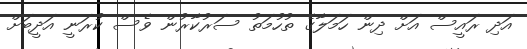
އަދި ރައީސް އަށް ދިން ހަމަލާގެ ތުހުމަތު ސަރުކާރުން ވެސް ކުރަނީ އަދީބަށް